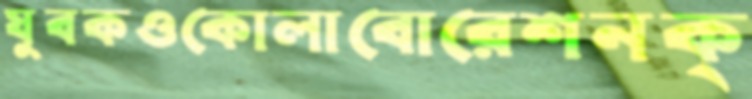
যুবকওকোলাবোরেশনক্